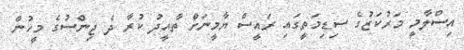
އިސްލާމީ މަރުކަޒުގެ ސިޑިމަތީގައި ރައީސް ޔާމީނަށް ތާއީދު ކުރާ ދެ ޖިންސުގެ މީހުން